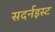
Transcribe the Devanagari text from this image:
सदर्नइस्ट